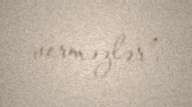
verməzlər”.